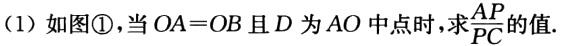
(1) 如图\textcircled{1}，当 \(OA = OB\) 且 \(D\) 为 \(AO\) 中点时，求\(\frac{AP}{PC}\)的值.